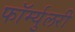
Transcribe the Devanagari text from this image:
फॉर्म्युलरी